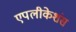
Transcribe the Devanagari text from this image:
एपलीकेशंस